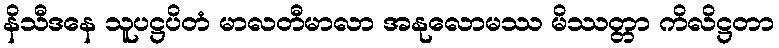
နိသီဒနေ သူပဋ္ဌပိတံ မာလတီမာလာ အနုလောမဿ မိဿတ္တာ ကိလိဋ္ဌတာ